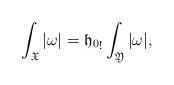
LaTeX: \begin{align*}\int_{\mathfrak X}|\omega|= {\mathfrak h_0}_!\int_{\mathfrak Y}|\omega|, \end{align*}